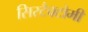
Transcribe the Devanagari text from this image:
सिस्टैक्टोमी